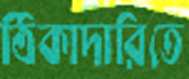
ঠিকাদারিতে